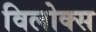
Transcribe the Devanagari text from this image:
विलोक्स